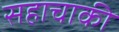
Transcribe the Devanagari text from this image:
सहाचाकी